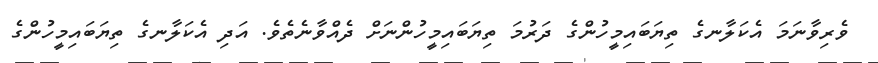
ވެރިވާނަމަ އެކަލާނގެ ތިޔަބައިމީހުންގެ ދަރުމަ ތިޔަބައިމީހުންނަށް ދެއްވާނެތެވެ. އަދި އެކަލާނގެ ތިޔަބައިމީހުންގެ